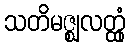
သတိမဇ္ဈလတ္ထုံ